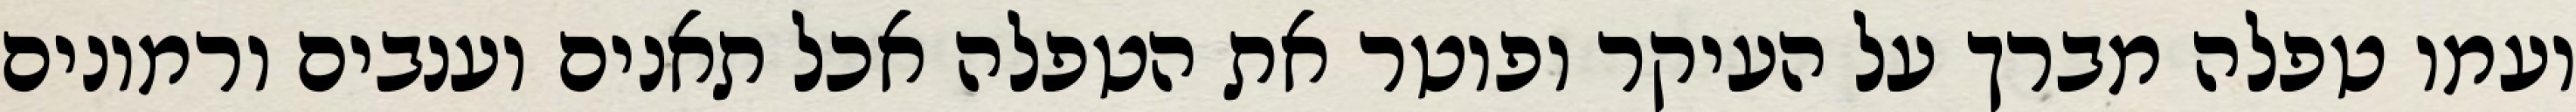
ועמו טפלה מברך על העיקר ופוטר את הטפלה אכל תאנים וענבים ורמונים